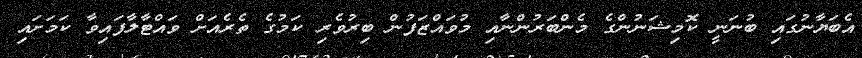
އެބަޔާނުގައި ބުނަނީ ކޮމިޝަނުންގެ މެންބަރުންނާއި މުވައްޒަފުން ބިރުވެރި ކަމުގެ ތެރެއަށް ވައްޓާލާފައިވާ ކަމަށައި